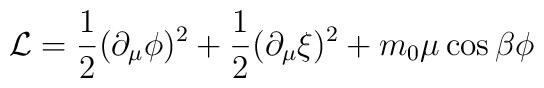
{\cal L}=\frac{1}{2}(\partial_\mu\phi)^2 +	\frac{1}{2}(\partial_\mu\xi)^2 + m_0\mu\cos\beta\phi